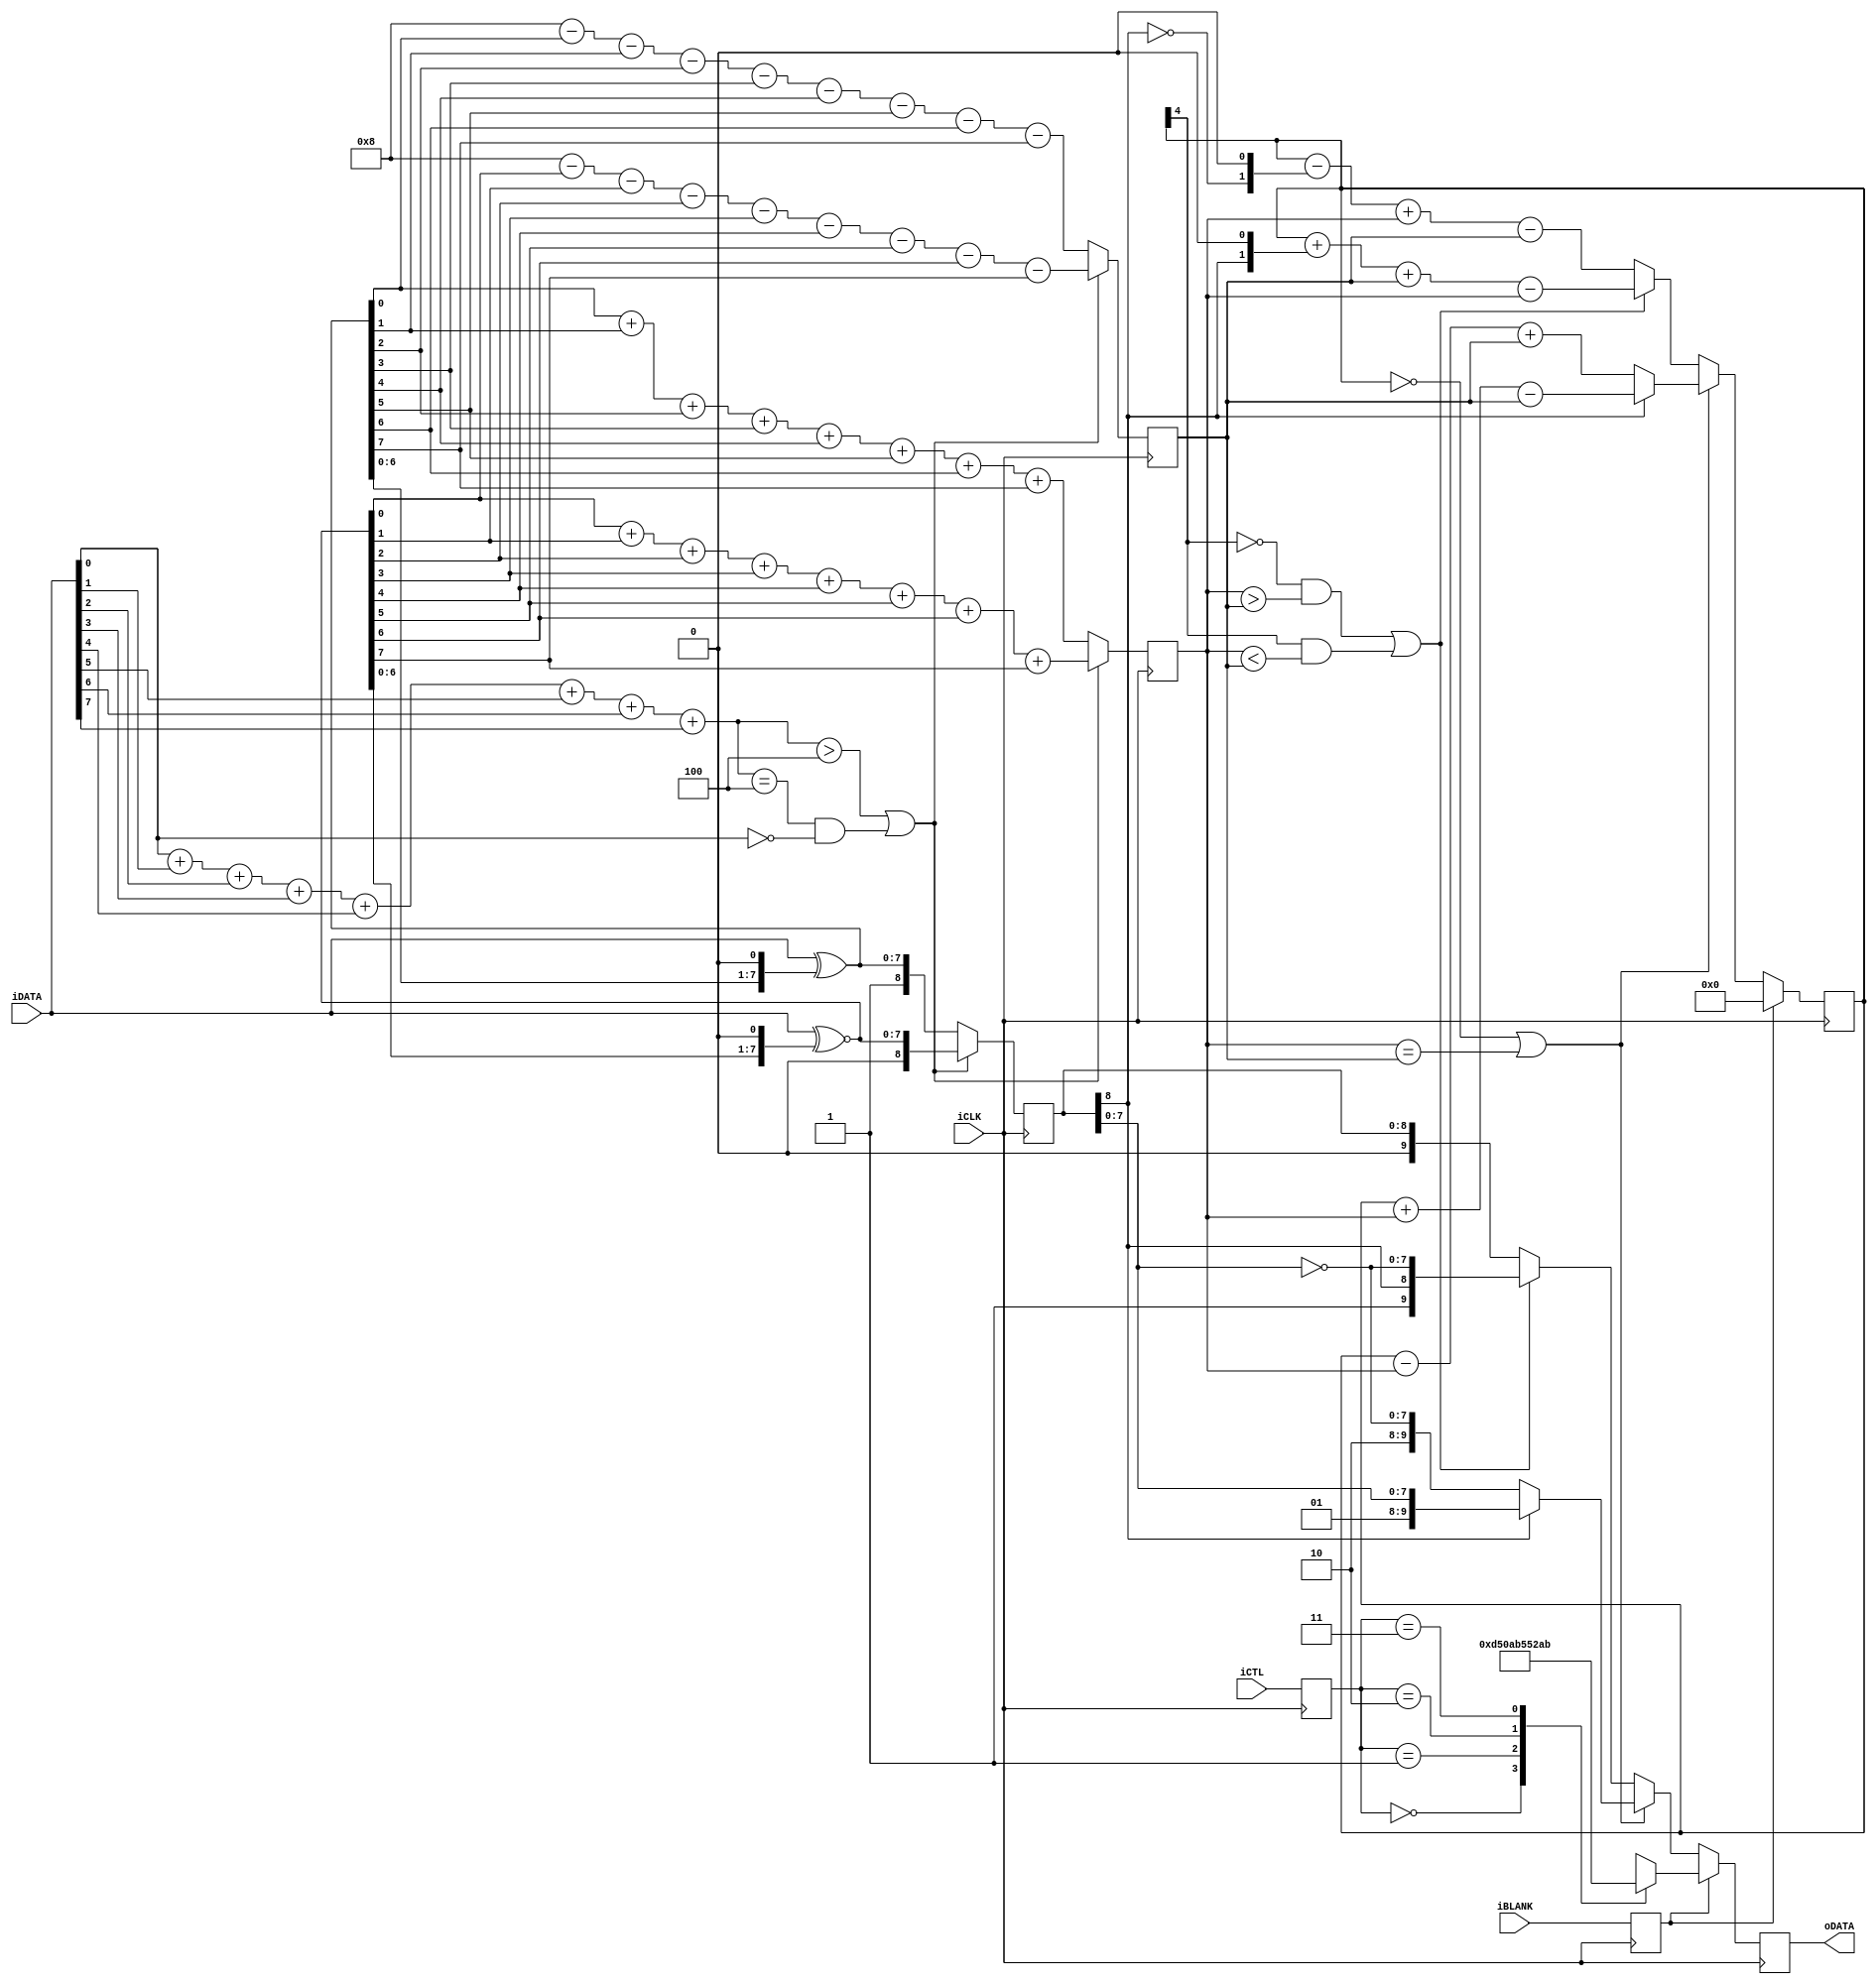
/*
* Copyright 2018 ARDUINO SA (http://www.arduino.cc/)
* This file is part of Vidor IP.
* Copyright (c) 2018
*
* This software is released under:
* The GNU General Public License, which covers the main part of 
* Vidor IP
* The terms of this license can be found at:
* https://www.gnu.org/licenses/gpl-3.0.en.html
*
* You can be released from the requirements of the above licenses by purchasing
* a commercial license. Buying such a license is mandatory if you want to modify or
* otherwise use the software for commercial activities involving the Arduino
* software without disclosing the source code of your own applications. To purchase
* a commercial license, send an email to license@arduino.cc.
*
*/

module TMDS_ENCODE
(
  input            iCLK,
  input      [1:0] iCTL,
  input            iBLANK,
  input      [7:0] iDATA,
  output reg [9:0] oDATA
);

wire [8:0] wXORED_DATA;
wire [8:0] wXNORED_DATA;
reg  [8:0] rDATA_WORD;
wire [3:0] wONE_COUNT;
wire [3:0] wZERO_COUNT;
reg  [3:0] rD9_ONE_COUNT,rD9_ZERO_COUNT;
reg  [4:0] rBIAS;
reg  [1:0] rCTL;
reg        rBLANK;

assign  wXORED_DATA  = {1'b1,(iDATA ^ {wXORED_DATA[6:0],1'b0})};
assign  wXNORED_DATA = {1'b0,(iDATA ^~ {wXNORED_DATA[6:0],1'b0})};
assign  wONE_COUNT  = {3'b0,iDATA[0]}+
                      {3'b0,iDATA[1]}+
                      {3'b0,iDATA[2]}+
                      {3'b0,iDATA[3]}+
                      {3'b0,iDATA[4]}+
                      {3'b0,iDATA[5]}+
                      {3'b0,iDATA[6]}+
                      {3'b0,iDATA[7]};


always @(posedge iCLK)
begin
  // first pipe stage
  rCTL <= iCTL;
  rBLANK <= iBLANK;
  
  if ((wONE_COUNT>4) || ((wONE_COUNT==4) && (iDATA[0]==0)))
  begin
    rDATA_WORD <= wXNORED_DATA;
    rD9_ONE_COUNT <= 
                 {3'b0,wXNORED_DATA[0]}+
                 {3'b0,wXNORED_DATA[1]}+
                 {3'b0,wXNORED_DATA[2]}+
                 {3'b0,wXNORED_DATA[3]}+
                 {3'b0,wXNORED_DATA[4]}+
                 {3'b0,wXNORED_DATA[5]}+
                 {3'b0,wXNORED_DATA[6]}+
                 {3'b0,wXNORED_DATA[7]};
    rD9_ZERO_COUNT <= 8-
                 {3'b0,wXNORED_DATA[0]}-
                 {3'b0,wXNORED_DATA[1]}-
                 {3'b0,wXNORED_DATA[2]}-
                 {3'b0,wXNORED_DATA[3]}-
                 {3'b0,wXNORED_DATA[4]}-
                 {3'b0,wXNORED_DATA[5]}-
                 {3'b0,wXNORED_DATA[6]}-
                 {3'b0,wXNORED_DATA[7]};

  end else begin
    rDATA_WORD <= wXORED_DATA;
    rD9_ONE_COUNT <= 
                 {3'b0,wXORED_DATA[0]}+
                 {3'b0,wXORED_DATA[1]}+
                 {3'b0,wXORED_DATA[2]}+
                 {3'b0,wXORED_DATA[3]}+
                 {3'b0,wXORED_DATA[4]}+
                 {3'b0,wXORED_DATA[5]}+
                 {3'b0,wXORED_DATA[6]}+
                 {3'b0,wXORED_DATA[7]};
    rD9_ZERO_COUNT <= 8-
                 {3'b0,wXORED_DATA[0]}-
                 {3'b0,wXORED_DATA[1]}-
                 {3'b0,wXORED_DATA[2]}-
                 {3'b0,wXORED_DATA[3]}-
                 {3'b0,wXORED_DATA[4]}-
                 {3'b0,wXORED_DATA[5]}-
                 {3'b0,wXORED_DATA[6]}-
                 {3'b0,wXORED_DATA[7]};
  end
  // second pipe stage
  if (rBLANK)
  begin
    case (rCTL)
      0: oDATA <= 10'b1101010100;
      1: oDATA <= 10'b0010101011;
      2: oDATA <= 10'b0101010100;
      3: oDATA <= 10'b1010101011;
    endcase
    rBIAS <=5'd0;
  end else begin
    if ((rBIAS==0) || (rD9_ONE_COUNT==rD9_ZERO_COUNT))
    begin
      if (rDATA_WORD[8]) begin
        oDATA<= {2'b01,rDATA_WORD[7:0]};
        rBIAS<=rBIAS+rD9_ONE_COUNT-rD9_ZERO_COUNT;
      end else begin
        oDATA<= {2'b10,~rDATA_WORD[7:0]};
        rBIAS<=rBIAS-rD9_ONE_COUNT+rD9_ZERO_COUNT;
      end
    end else if (!rBIAS[4] && (rD9_ONE_COUNT>rD9_ZERO_COUNT) || 
                  rBIAS[4] && (rD9_ONE_COUNT<rD9_ZERO_COUNT)  ) begin
      oDATA<= {1'b1,rDATA_WORD[8],~rDATA_WORD[7:0]};
      rBIAS<=rBIAS+{rDATA_WORD[8],1'b0}+rD9_ZERO_COUNT-rD9_ONE_COUNT;
    end else begin
      oDATA<= {1'b0,rDATA_WORD};
      rBIAS<=rBIAS-{~rDATA_WORD[8], 1'b0}+rD9_ONE_COUNT-rD9_ZERO_COUNT;
    end
  end
  
end

endmodule